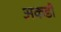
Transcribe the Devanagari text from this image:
अकडी